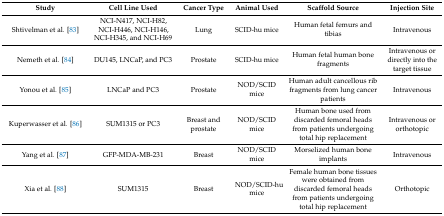
<table><thead><tr><td><b>Study</b></td><td><b>Cell Line Used</b></td><td><b>Cancer Type</b></td><td><b>Animal Used</b></td><td><b>Scaffold Source</b></td><td><b>Injection Site</b></td></tr></thead><tbody><tr><td>Shtivelman et al. [83]</td><td>NCI-N417, NCI-H82, NCI-H446, NCI-H146, NCI-H345, and NCI-H69</td><td>Lung</td><td>SCID-hu mice</td><td>Human fetal femurs and tibias</td><td>Intravenous</td></tr><tr><td>Nemeth et al. [84]</td><td>DU145, LNCaP, and PC3</td><td>Prostate</td><td>SCID-hu mice</td><td>Human fetal human bone fragments</td><td>Intravenous or directly into the target tissue</td></tr><tr><td>Yonou et al. [85]</td><td>LNCaP and PC3</td><td>Prostate</td><td>NOD/SCID mice</td><td>Human adult cancellous rib fragments from lung cancer patients</td><td>Intravenous</td></tr><tr><td>Kuperwasser et al. [86]</td><td>SUM1315 or PC3</td><td>Breast and prostate</td><td>NOD/SCID mice</td><td>Human bone used from discarded femoral heads from patients undergoing total hip replacement</td><td>Intravenous or orthotopic</td></tr><tr><td>Yang et al. [87]</td><td>GFP-MDA-MB-231</td><td>Breast</td><td>NOD/SCID mice</td><td>Morselized human bone implants</td><td>Intravenous</td></tr><tr><td>Xia et al. [88]</td><td>SUM1315</td><td>Breast</td><td>NOD/SCID-hu mice</td><td>Female human bone tissues were obtained from discarded femoral heads from patients undergoing total hip replacement</td><td>Orthotopic</td></tr></tbody></table>